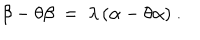
LaTeX: \beta - \theta \beta ~ = ~ \lambda \, ( \alpha - \theta \alpha ) ~ .